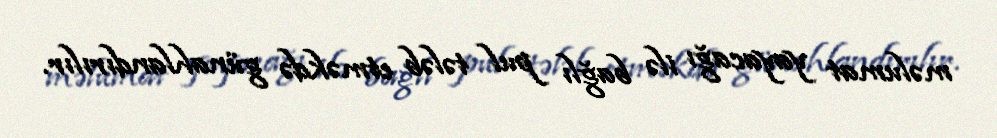
məlumat yayacağı ilə bağlı pul tələb etməkdə günahlandırılır.